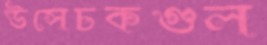
উসেচকগুল